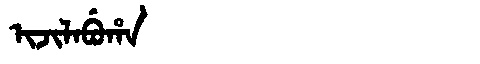
Manchu: ᡳᠵᡳᠯᠠᠪᡠᡥᠠ
Romanization: IJILABUHA